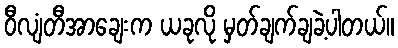
ဝီလျံတီအာချေးက ယခုလို မှတ်ချက်ချခဲ့ပါတယ်။